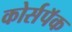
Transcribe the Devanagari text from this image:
कोर्सपॅक